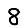
Digit: 8